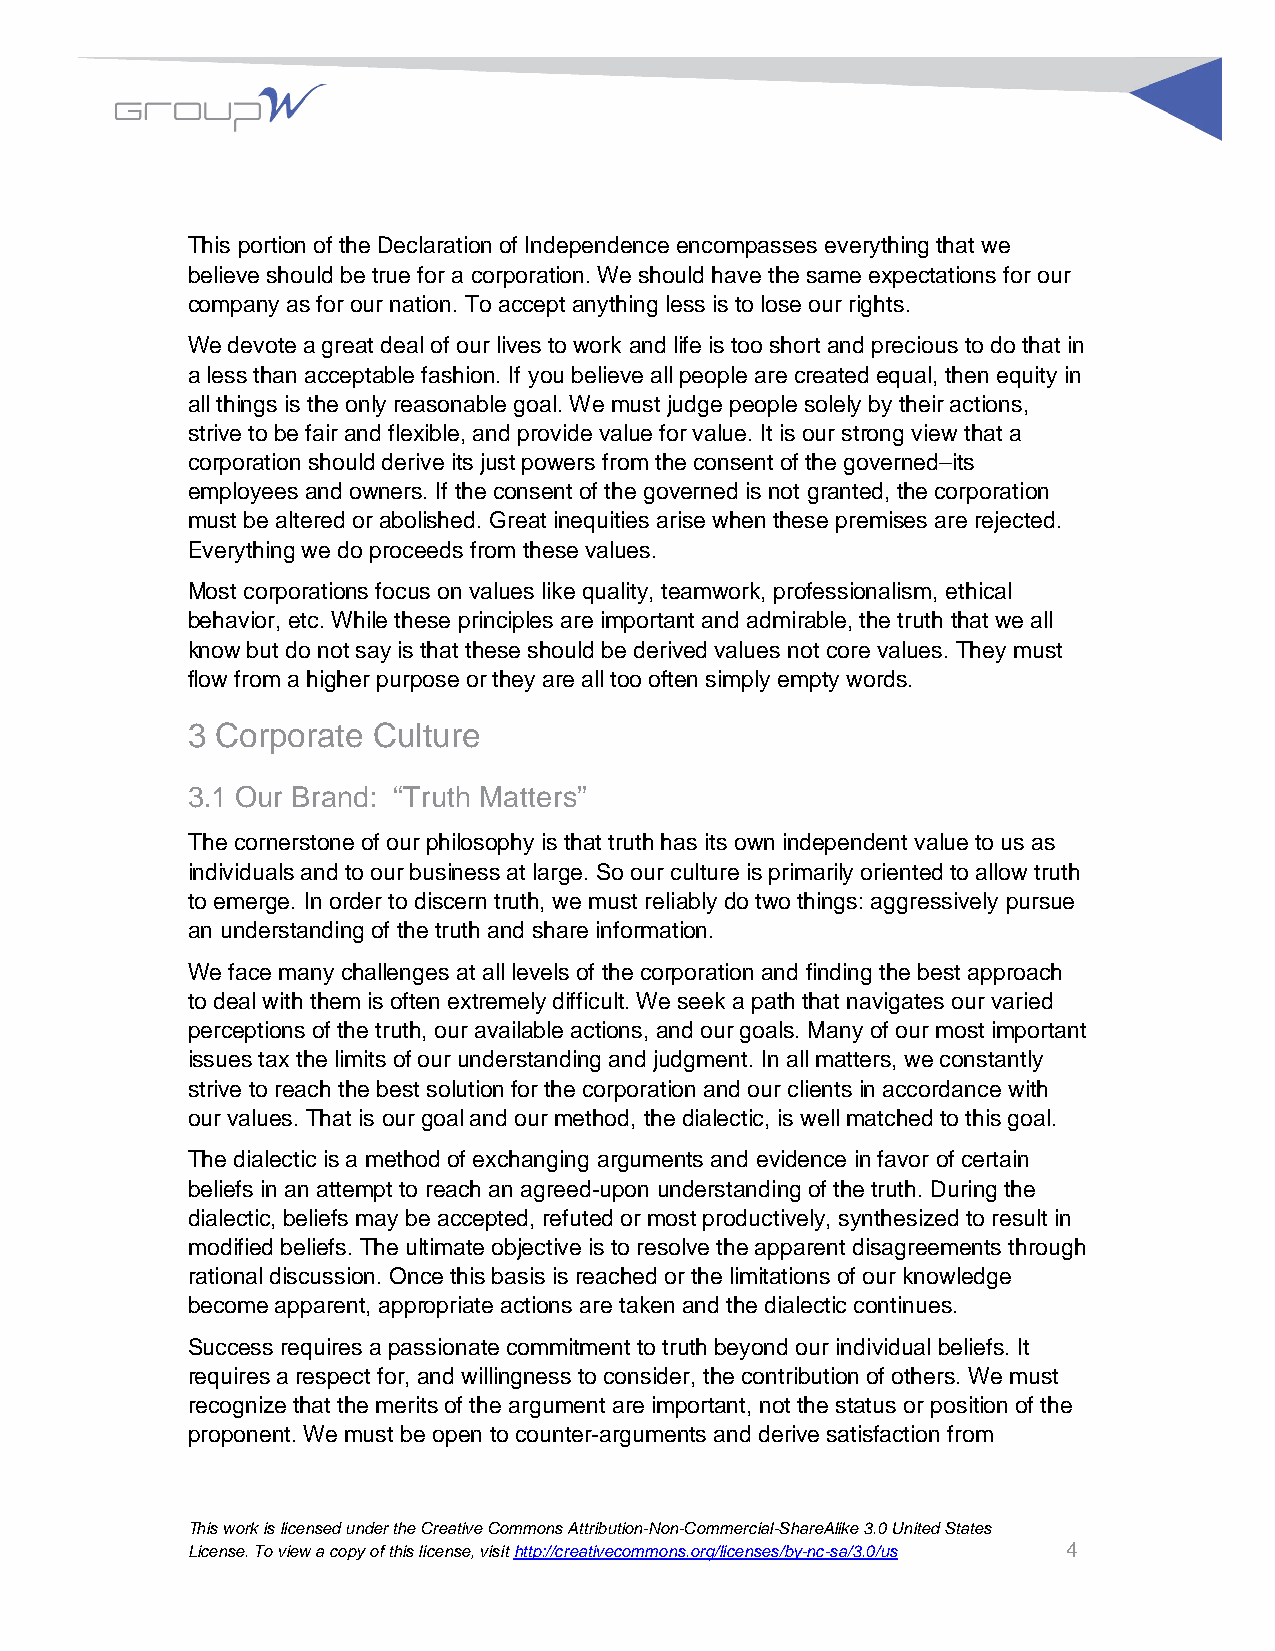
This portion of the Declaration of Independence encompasses everything that we
 believe should be true for a corporation. We should have the same expectations for our
 company as for our nation. To accept anything less is to lose our rights.
 We devote a great deal of our lives to work and life is too short and precious to do that in
 a less than acceptable fashion. If you believe all people are created equal, then equity in
 all things is the only reasonable goal. We must judge people solely by their actions,
 strive to be fair and flexible, and provide value for value. It is our strong view that a
 corporation should derive its just powers from the consent of the governed–its
 employees and owners. If the consent of the governed is not granted, the corporation
 must be altered or abolished. Great inequities arise when these premises are rejected.
 Everything we do proceeds from these values.
 Most corporations focus on values like quality, teamwork, professionalism, ethical
 behavior, etc. While these principles are important and admirable, the truth that we all
 know but do not say is that these should be derived values not core values. They must
 flow from a higher purpose or they are all too often simply empty words.
 3 Corporate  Culture
 3.1 Our Brand: “Truth Matters”
 The cornerstone of our philosophy is that truth has its own independent value to us as
 individuals and to our business at large. So our culture is primarily oriented to allow truth
 to emerge. In order to discern truth, we must reliably do two things: aggressively pursue
 an understanding of the truth and share information.
 We face many challenges at all levels of the corporation and finding the best approach
 to deal with them is often extremely difficult. We seek a path that navigates our varied
 perceptions of the truth, our available actions, and our goals. Many of our most important
 issues tax the limits of our understanding and judgment. In all matters, we constantly
 strive to reach the best solution for the corporation and our clients in accordance with
 our values. That is our goal and our method, the dialectic, is well matched to this goal.
 The dialectic is a method of exchanging arguments and evidence in favor of certain
 beliefs in an attempt to reach an agreed-upon understanding of the truth. During the
 dialectic, beliefs may be accepted, refuted or most productively, synthesized to result in
 modified beliefs. The ultimate objective is to resolve the apparent disagreements through
 rational discussion. Once this basis is reached or the limitations of our knowledge
 become apparent, appropriate actions are taken and the dialectic continues.
 Success requires a passionate commitment to truth beyond our individual beliefs. It
 requires a respect for, and willingness to consider, the contribution of others. We must
 recognize that the merits of the argument are important, not the status or position of the
 proponent. We must be open to counter-arguments and derive satisfaction from
 This work is licensed under the Creative Commons Attribution-Non-Commercial-ShareAlike 3.0 United States
 License. To view a copy of this license, visit http://creativecommons.org/licenses/by-nc-sa/3.0/us 4